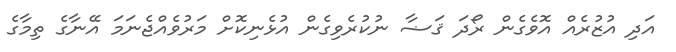
އަދި އުޒުރެއް އޮވެގެން ރޯދަ ޤަޟާ ނުކުރެވިގެން އުޅެނިކޮށް މަރުވެއްޖެނަމަ އޭނާގެ ތިމާގެ